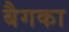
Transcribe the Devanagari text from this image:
बैगका